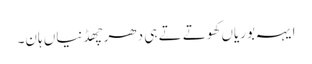
ایہہ بوریاں کھوتے تے ہی دھر چھڈنیاں ہان۔